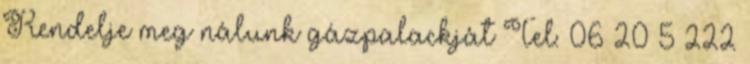
Rendelje meg nálunk gázpalackját Tel: 06 20 5 222